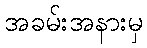
အခမ်းအနားမှ